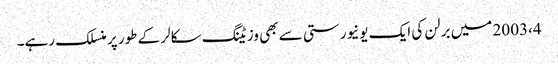
2003،4 میں برلن کی ایک یونیورستی سے بھی وزیٹنگ سکالر کے طور پر منسلک رہے۔